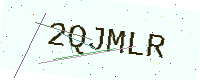
Text: 2QJMLR